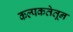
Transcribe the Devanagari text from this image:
कल्पकतेतून